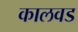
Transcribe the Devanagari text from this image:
कालवड